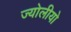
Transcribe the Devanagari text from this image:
ज्योलीयो